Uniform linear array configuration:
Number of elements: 16
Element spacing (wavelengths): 0.25
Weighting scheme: exponential
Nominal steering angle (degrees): -60
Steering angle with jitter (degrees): -61.949
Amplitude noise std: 0.05
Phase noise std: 0.05

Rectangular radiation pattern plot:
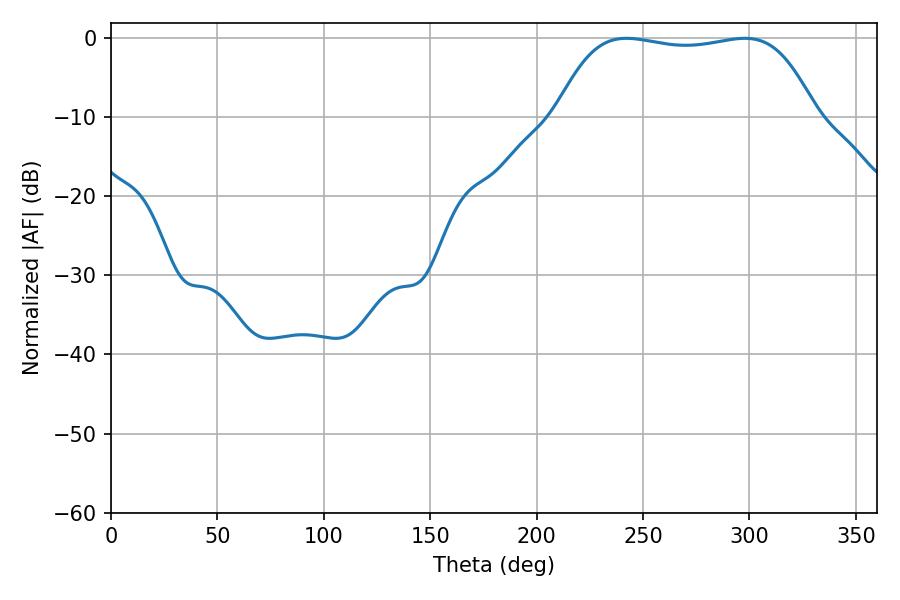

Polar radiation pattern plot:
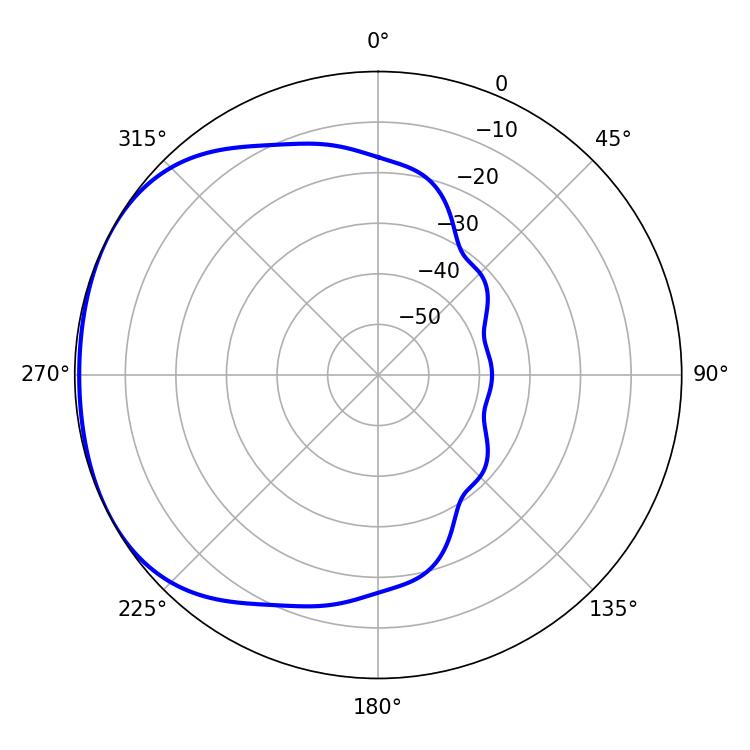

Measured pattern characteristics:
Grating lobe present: FALSE
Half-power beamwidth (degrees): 96.12
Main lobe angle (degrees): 242.28